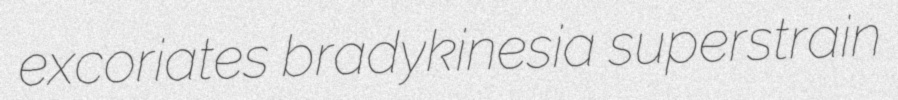
excoriates bradykinesia superstrain